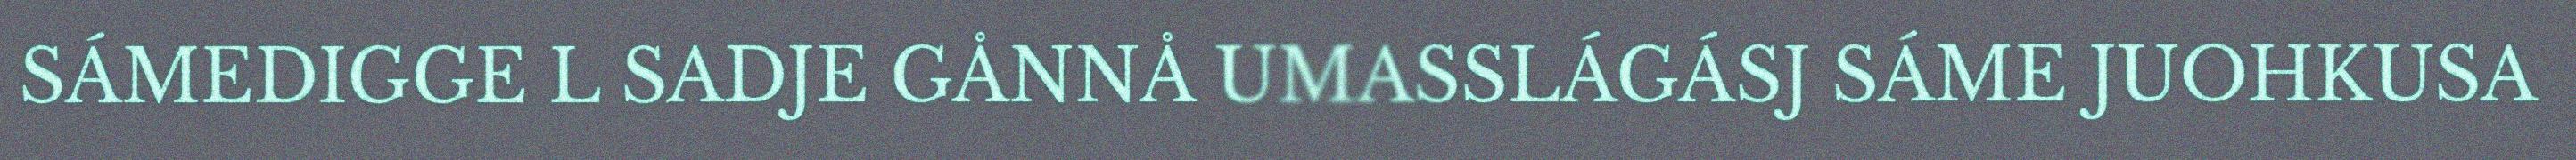
SÁMEDIGGE L SADJE GÅNNÅ UMASSLÁGÁSJ SÁME JUOHKUSA